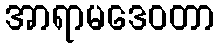
အာရာမဒေဝတာ